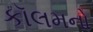
કૉલમનો